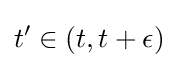
t'\in (t,t+\epsilon )